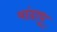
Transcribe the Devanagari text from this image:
यांदाधू